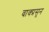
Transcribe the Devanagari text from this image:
वाक्प्रसून